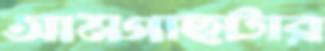
আমগাছটার